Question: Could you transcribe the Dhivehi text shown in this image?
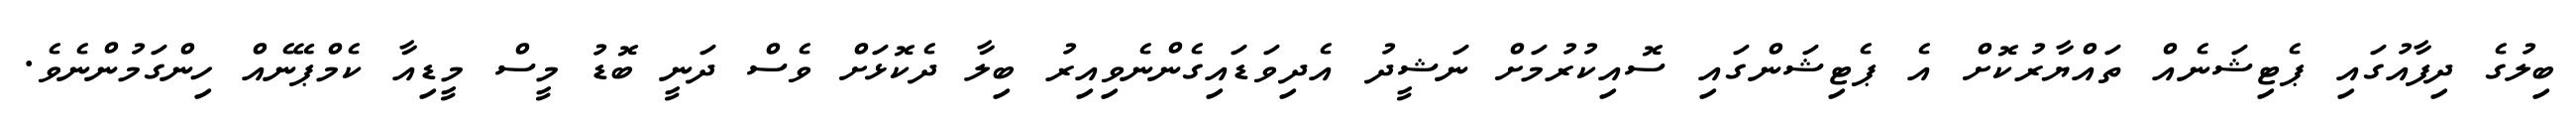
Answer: ބިލުގެ ދިފާއުގައި ޕެޓިޝަނެއް ތައްޔާރުކޮށް އެ ޕެޓިޝަންގައި ސޮއިކުރުމަށް ނަޝީދު އެދިވަޑައިގެންނެވިއިރު ބިލާ ދެކޮޅަށް ވެސް ދަނީ ބޮޑު މީސް މީޑިއާ ކެމްޕޭނެއް ހިންގަމުންނެވެ.